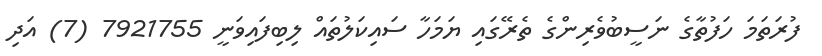
ފުރަތަމަ ހަފުތާގެ ނަސީބުވެރިންގެ ތެރޭގައި ޔަމަހާ ސައިކަލުތައް ލިބިފައިވަނީ 7921755 (7) އަދި